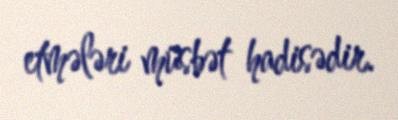
etmələri müsbət hadisədir.